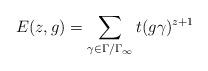
LaTeX: \begin{align*}E(z,g) = \sum_{\gamma \in \Gamma/\Gamma_\infty}t(g \gamma)^{z+1}\end{align*}